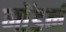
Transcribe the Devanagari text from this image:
माॅडर्न